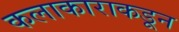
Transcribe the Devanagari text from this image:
कलाकाराकडून